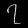
Digit: ၇